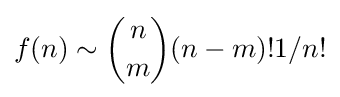
f(n)\sim {\dbinom {n}{m}}(n-m)!1/n!